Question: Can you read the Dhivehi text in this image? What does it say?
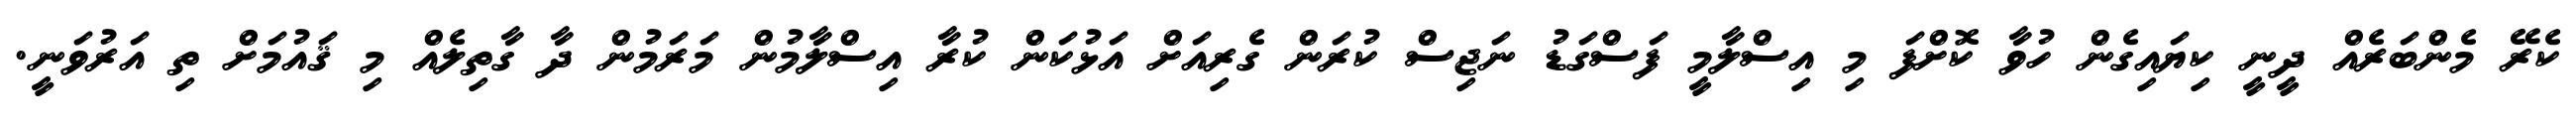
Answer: ކެރޭ މެންބަރެއް ދީނީ ކިޔައިގެން ހުވާ ކޮށްފަ މި އިސްލާމީ ފަސްގަޑު ނަޖިސް ކުރަން ގެރިއަށް އަޅުކަން ކުރާ އިސްލާމުން މަރަމުން ދާ ގާތިލެއް މި ޤައުމަށް ތި އަރުވަނީ.